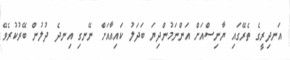
އަނދިރީގެ ތެރޭގައި ޔާނިސްއަށް އަންނަމުންދިޔަ ބަދަލު ކައިއާއަށް ނޭނގި އިނދެ ދުލުން ބޭރުކުރެވޭ